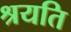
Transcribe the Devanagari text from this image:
श्रयति